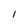
Character: l